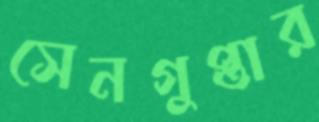
সেনগুপ্তার